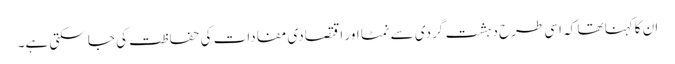
ان کاکہنا تھا کہ اسی طرح دہشت گردی سے نمٹا اور اقتصادی مفادات کی حفاظت کی جا سکتی ہے۔